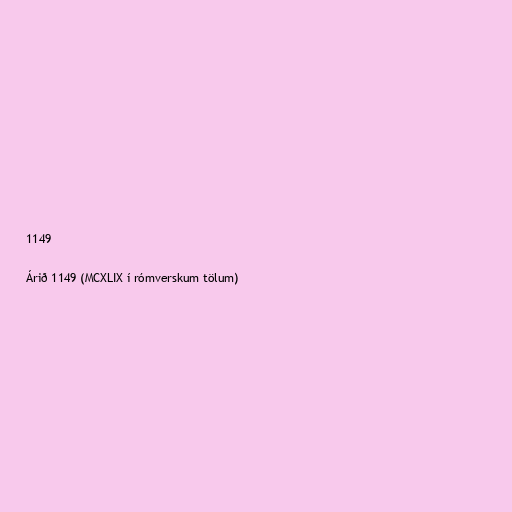
1149

Árið 1149 (MCXLIX í rómverskum tölum)